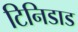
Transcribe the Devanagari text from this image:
टिनिडाड